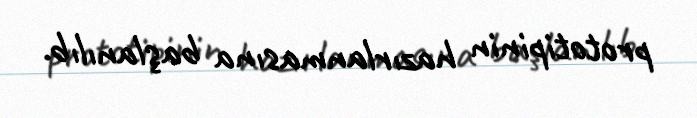
prototipinin hazırlanmasına başlanılıb.